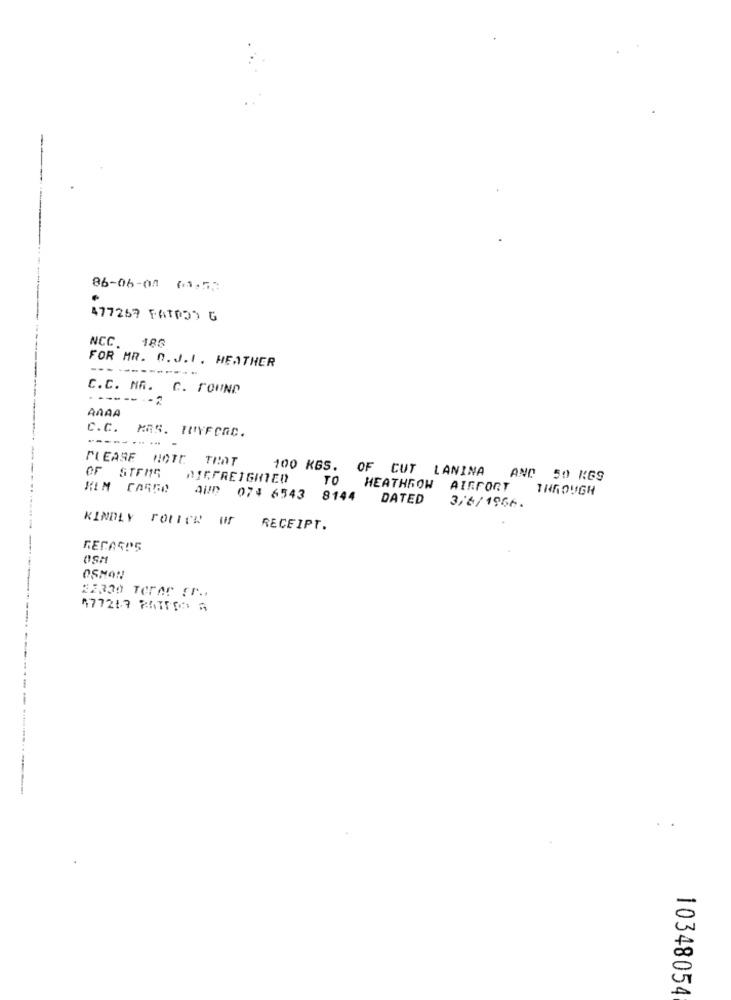
86-06-08 (3,53
477269 FATOOS G
NCC 186
FOR MR. O.J.I . HEATHER
C.C. NR. C. FOUND
-----.
AAAA
C.C. MAS. MUYFORC.
PLEASE NOTE THAT
OF STEMS
NIEFREIGHTED
100 KBS. OF CUT LANINA AND 50 KGS
KIM CARRO
TO HEATHROW AIRPORT
THROUGH
AND 074 6543 8144
DATED
3/6/1966.
KINDLY FOLLOW US
RECEIPT.
OSM
OSHON
22330 TerAr cra
477247 RATIOS A
10348054